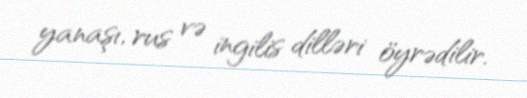
yanaşı, rus və ingilis dilləri öyrədilir.